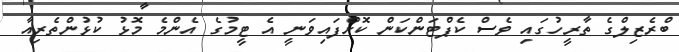
ބްރެޒިލްގެ ތާރީހުގައި ވެސް ކެޕްޓަންކަން ކޮށްފައިވަނީ އެ ޓީމުގެ އެންމެ މޮޅު ކުޅުންތެރިއާ